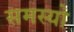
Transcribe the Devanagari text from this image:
समस्यो